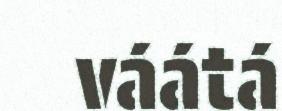
váátá